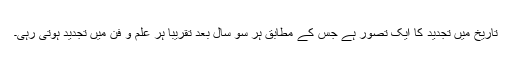
تاریخ میں تجدید کا ایک تصور ہے جس کے مطابق ہر سو سال بعد تقریباً ہر علم و فن میں تجدید ہوتی رہی۔